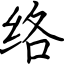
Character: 络